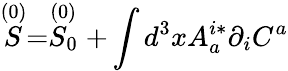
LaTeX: \stackrel{(0)}{S}=\stackrel{(0)}{S_{0}}+\int d^{3}xA_{a}^{i*}\partial_{i}C^{a}